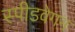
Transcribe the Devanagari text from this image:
स्पीडवेगन